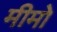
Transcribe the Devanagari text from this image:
मीमो